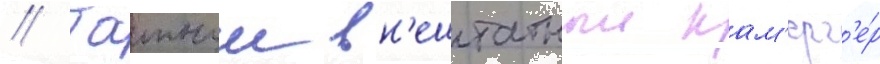
// Таиныи вн'ештатныи кам'ерг'е́р